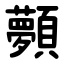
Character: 顭